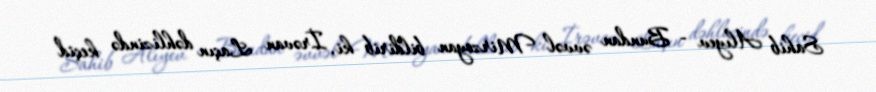
Sahib Alıyev - Bundan əvvəl Mirzoyan bildirib ki, İrəvan Laçın dəhlizində keçid